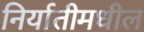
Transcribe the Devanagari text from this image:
निर्यातीमधील